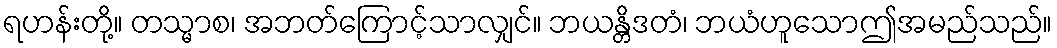
ရဟန်းတို့။ တသ္မာစ၊ အဘတ်ကြောင့်သာလျှင်။ ဘယန္တိဒတံ၊ ဘယံဟူသောဤအမည်သည်။